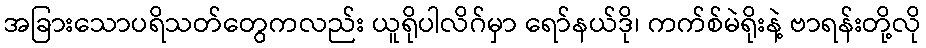
အခြားသောပရိသတ်တွေကလည်း ယူရိုပါလိဂ်မှာ ရော်နယ်ဒို၊ ကက်စ်မဲရိုးနဲ့ ဗာရန်းတို့လို